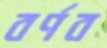
বর্ণব